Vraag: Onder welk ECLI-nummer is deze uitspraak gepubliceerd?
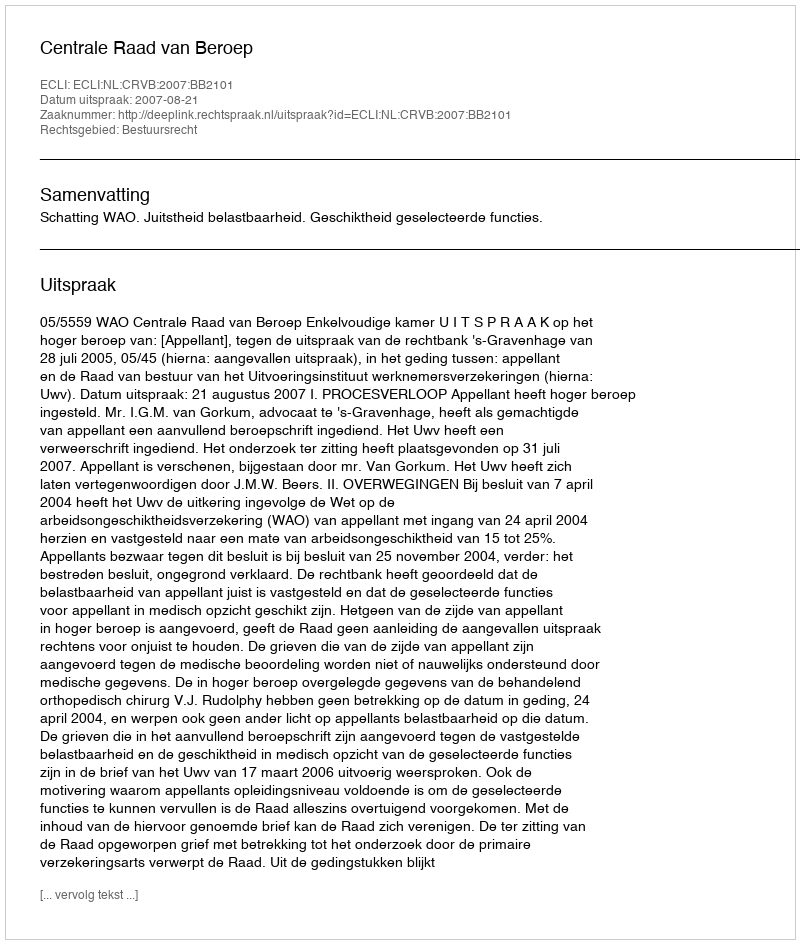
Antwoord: ECLI:NL:CRVB:2007:BB2101